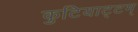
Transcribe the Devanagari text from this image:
कुटियाट्टम्